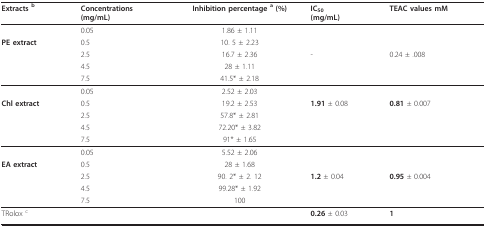
<table><thead><tr><td><b>Extracts <sup>b</sup></b></td><td><b>Concentrations(mg/mL)</b></td><td><b>Inhibition percentage <sup>a </sup>(%)</b></td><td><b>IC<sub>50</sub>(mg/mL)</b></td><td><b>TEAC values mM</b></td></tr></thead><tbody><tr><td></td><td>0.05</td><td>1.86 ± 1.11</td><td></td><td></td></tr><tr><td><b>PE extract</b></td><td>0.5</td><td>10. 5 ± 2.23</td><td></td><td></td></tr><tr><td></td><td>2.5</td><td>16.7 ± 2.36</td><td>-</td><td>0.24 ± .008</td></tr><tr><td></td><td>4.5</td><td>28 ± 1.11</td><td></td><td></td></tr><tr><td></td><td>7.5</td><td>41.5* ± 2.18</td><td></td><td></td></tr><tr><td></td><td>0.05</td><td>2.52 ± 2.03</td><td></td><td></td></tr><tr><td><b>Chl extract</b></td><td>0.5</td><td>19.2 ± 2.53</td><td><b>1.91 </b>± 0.08</td><td><b>0.81 </b>± 0.007</td></tr><tr><td></td><td>2.5</td><td>57.8* ± 2.81</td><td></td><td></td></tr><tr><td></td><td>4.5</td><td>72.20* ± 3.82</td><td></td><td></td></tr><tr><td></td><td>7.5</td><td>91* ± 1.65</td><td></td><td></td></tr><tr><td></td><td>0.05</td><td>5.52 ± 2.06</td><td></td><td></td></tr><tr><td><b>EA extract</b></td><td>0.5</td><td>28 ± 1.68</td><td></td><td></td></tr><tr><td></td><td>2.5</td><td>90. 2* ± 2. 12</td><td><b>1.2 </b>± 0.04</td><td><b>0.95 </b>± 0.004</td></tr><tr><td></td><td>4.5</td><td>99.28* ± 1.92</td><td></td><td></td></tr><tr><td></td><td>7.5</td><td>100</td><td></td><td></td></tr><tr><td>TRolox <sup>c</sup></td><td></td><td></td><td><b>0.26 </b>± 0.03</td><td><b>1</b></td></tr></tbody></table>